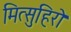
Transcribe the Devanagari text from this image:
मित्सुहिरो